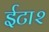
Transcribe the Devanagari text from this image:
ईटा२